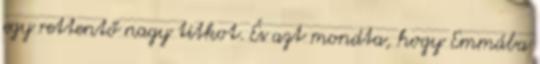
egy rettentő nagy titkot. És azt mondta, hogy Emmába